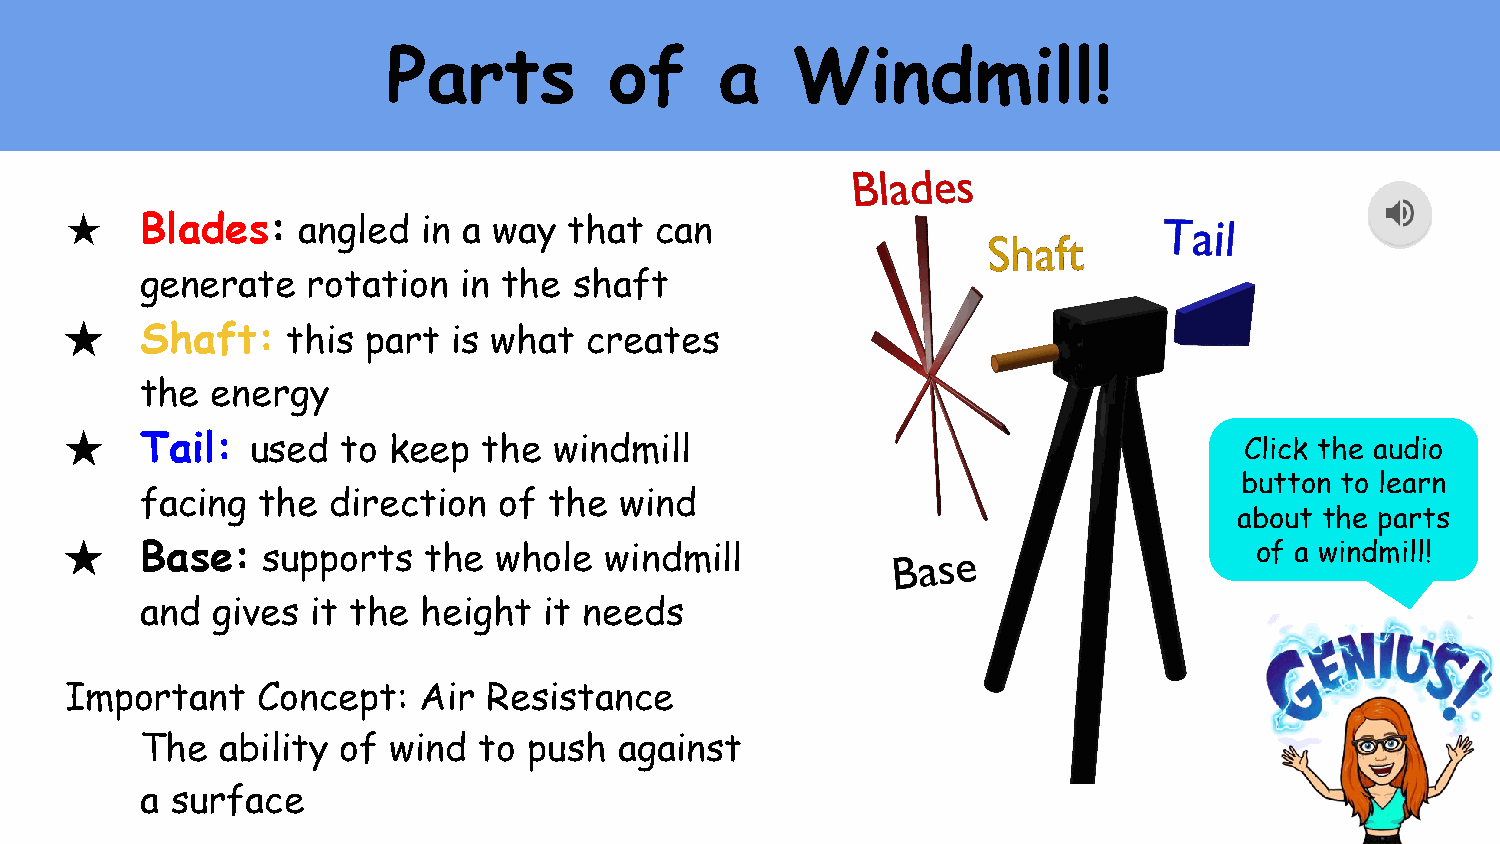
Parts         of      a   Windmill!
 ★    Blades:    angled  in a way  that can
 generate   rotation  in the  shaft
 ★    Shaft:    this part  is what  creates
 the  energy
 ★    Tail:   used  to keep  the  windmill                                     Click the audio
 button to learn
 facing  the  direction  of the  wind
 about the parts
 ★    Base:   supports   the  whole  windmill                                   of a windmill!
 and  gives  it the height  it needs
 Important    Concept:   Air Resistance
 The  ability  of wind  to push  against
 a surface